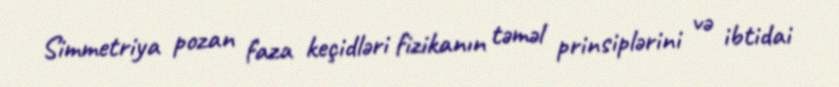
Simmetriya pozan faza keçidləri fizikanın təməl prinsiplərini və ibtidai